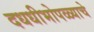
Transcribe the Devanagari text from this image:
दधधीभोपळ्याचे